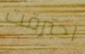
احترقت